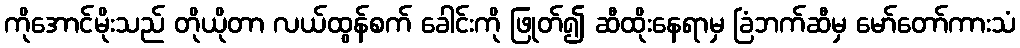
ကိုအောင်မိုးသည် တိုယိုတာ လယ်ထွန်စက် ခေါင်းကို ဖြုတ်၍ ဆီထိုးနေရာမှ ခြံဘက်ဆီမှ မော်တော်ကားသံ